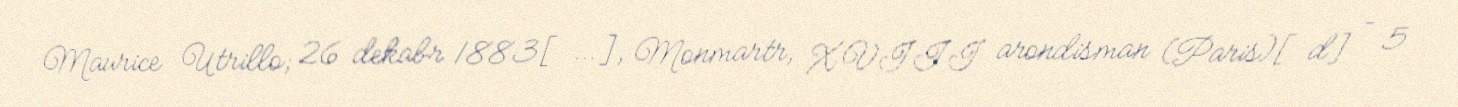
Maurice Utrillo; 26 dekabr 1883[…], Monmartr, XVIII arondisman (Paris)[d] – 5